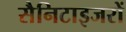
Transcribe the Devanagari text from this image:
सैनिटाइजरों